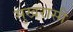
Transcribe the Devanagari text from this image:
सुखरासी